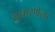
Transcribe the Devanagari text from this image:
सुधारणेला